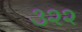
૩૨૨